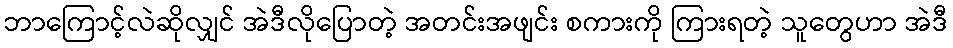
ဘာကြောင့်လဲဆိုလျှင် အဲဒီလိုပြောတဲ့ အတင်းအဖျင်း စကားကို ကြားရတဲ့ သူတွေဟာ အဲဒီ